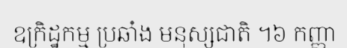
ឧក្រិដ្ឋកម្ម ប្រឆាំង មនុស្សជាតិ ។៦ កញ្ញា